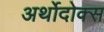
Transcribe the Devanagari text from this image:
अर्थोदोक्स